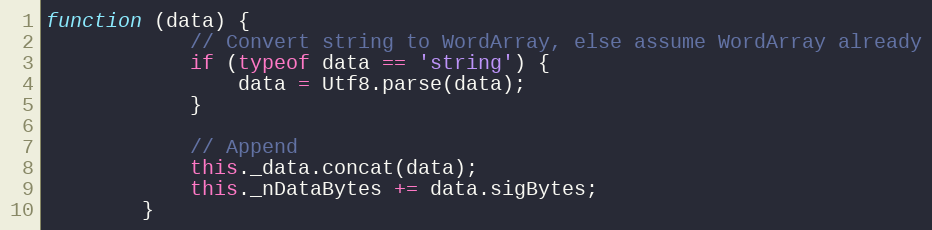
Language: JavaScript
function (data) {
            // Convert string to WordArray, else assume WordArray already
            if (typeof data == 'string') {
                data = Utf8.parse(data);
            }

            // Append
            this._data.concat(data);
            this._nDataBytes += data.sigBytes;
        }